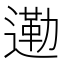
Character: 𮞿